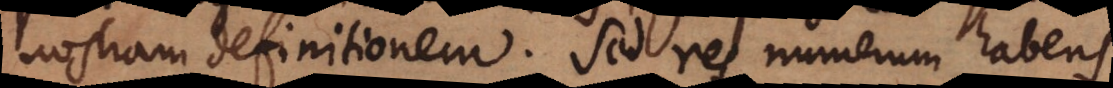
nostram definitionem, sed res numerum habens,